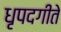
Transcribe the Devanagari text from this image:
धृपदगीते